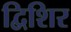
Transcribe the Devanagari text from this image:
द्विशिर